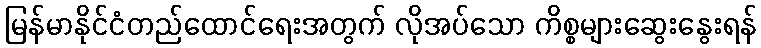
မြန်မာနိုင်ငံတည်ထောင်ရေးအတွက် လိုအပ်သော ကိစ္စများဆွေးနွေးရန်